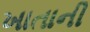
ખાતાની